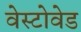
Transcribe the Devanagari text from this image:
वेस्टोवेड